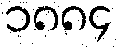
၁၈၈၄